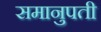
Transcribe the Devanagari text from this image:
समानुपती